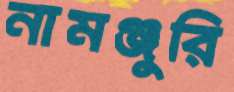
নামঞ্জুরি